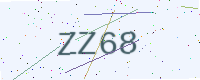
Text: ZZ68